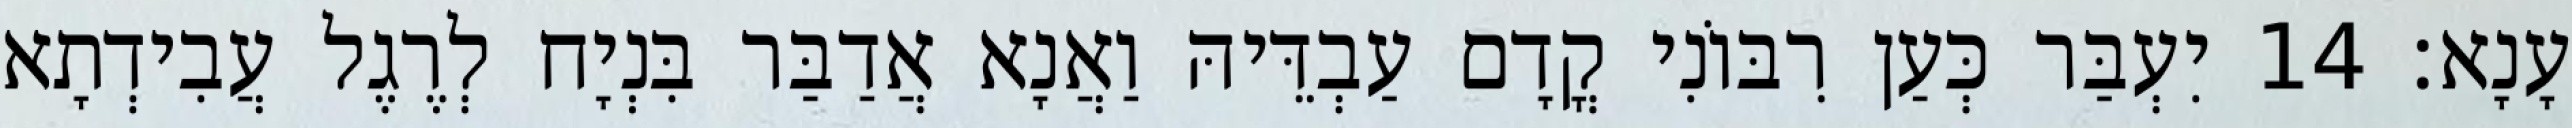
עָנָא׃ 14 יִעְבַּר כְּעַן רִבּוֹנִי קֳדָם עַבְדֵּיהּ וַאֲנָא אֲדַבַּר בִּנְיָח לְרֶגֶל עֲבִידְתָא